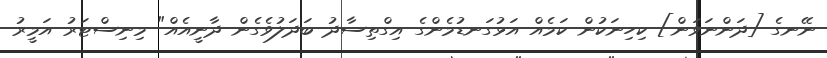
ނޭނގެ [ދަންނަވަން] ކިހިނަކުން ކަމެއް އަޅުގަނޑުމެންގެ އިގްތިސާދު ބަދަލުވެގެން ދާނީއެއް" މިނިސްޓަރު އަމީރު